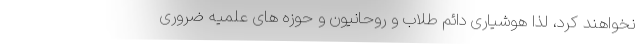
نخواهند کرد، لذا هوشیاری دائم طلاب و روحانیون و حوزه های علمیه ضروری